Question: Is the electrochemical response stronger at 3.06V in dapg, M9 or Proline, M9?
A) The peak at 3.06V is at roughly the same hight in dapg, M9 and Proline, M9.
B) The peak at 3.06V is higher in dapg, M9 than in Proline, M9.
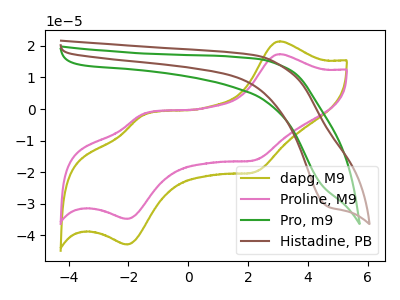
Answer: <think>The olive curve "dapg, M9" has anodic peaks at (3.05V, 21.45uA) (-1.55V, -2.05uA) and cathodic peaks at (2.20V, -20.00uA) (-2.05V, -42.90uA). The pink curve "Proline, M9" has anodic peaks at (3.05V, 17.40uA) (-1.55V, -1.65uA) and cathodic peaks at (2.20V, -16.20uA) (-2.05V, -34.80uA). The green curve "Pro, m9" has no peaks. The brown curve "Histadine, PB" has a cathodic peak at: (4.70V, -31.00uA).</think>
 <answer>B) The peak at 3.06V is higher in "dapg, M9" than in "Proline, M9".</answer>
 <eval>B</eval>